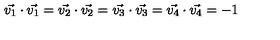
\vec { v _ { 1 } } \cdot \vec { v _ { 1 } } = \vec { v _ { 2 } } \cdot \vec { v _ { 2 } } = \vec { v _ { 3 } } \cdot \vec { v _ { 3 } } = \vec { v _ { 4 } } \cdot \vec { v _ { 4 } } = - 1